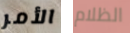
الأمر الظلام